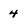
Character: 4